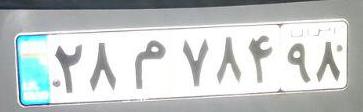
۲۸م۷۸۴۹۸